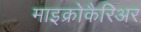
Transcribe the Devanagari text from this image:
माइक्रोकैरिअर